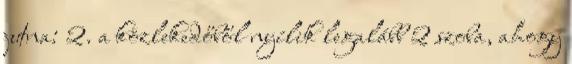
jutna: 2. a közlekedőből nyílik legalább 2 szoba, ahogy